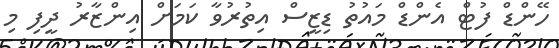
ހޭންޑް ފުޓް އެންޑް މައުތު ޑިޒީސް އިތުރުވާ ކަމަށް އިންޒާރު ދީފި މި